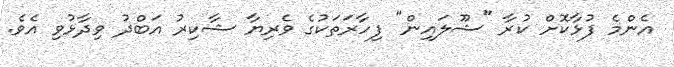
އެންމެ ފުޅާކޮށް ކުރާ "ޝޫލައިން" ފިހާރަތަކުގެ ވެރިޔާ ޝާކިރު އަބްދު ވިދާޅުވި އެވެ.